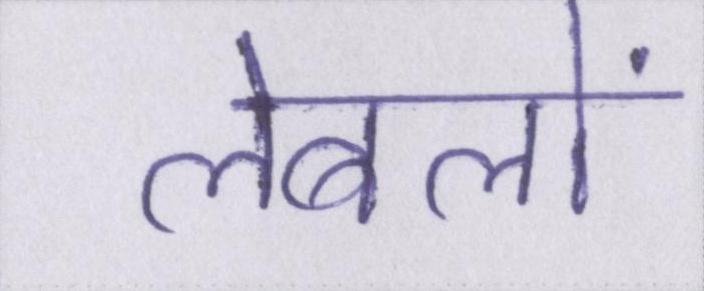
लेबलों